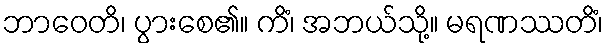
ဘာဝေတိ၊ ပွားစေ၏။ ကိံ၊ အဘယ်သို့။ မရဏဿတိံ၊